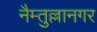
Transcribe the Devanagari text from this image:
नैम्तुल्लानगर